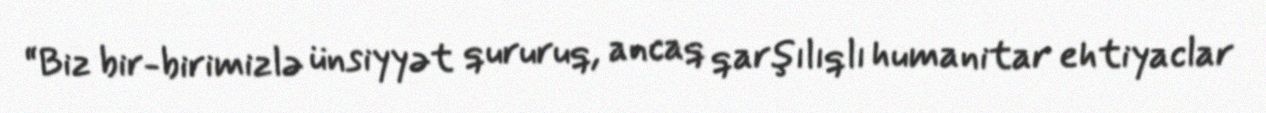
“Biz bir-birimizlə ünsiyyət qururuq, ancaq qarşılıqlı humanitar ehtiyaclar